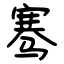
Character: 骞